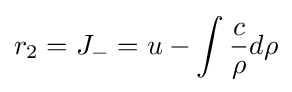
r_{2}=J_{-}=u-\int {\frac {c}{\rho }}d\rho